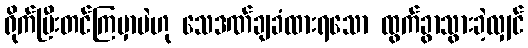
ရိုက်ပြီးတင်ကြမှာပဲဟု သေဒဏ်ချခံထားရသော ထွက်ခွာသွားခဲ့လျှင်